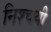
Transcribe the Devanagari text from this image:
निश्‍चयी